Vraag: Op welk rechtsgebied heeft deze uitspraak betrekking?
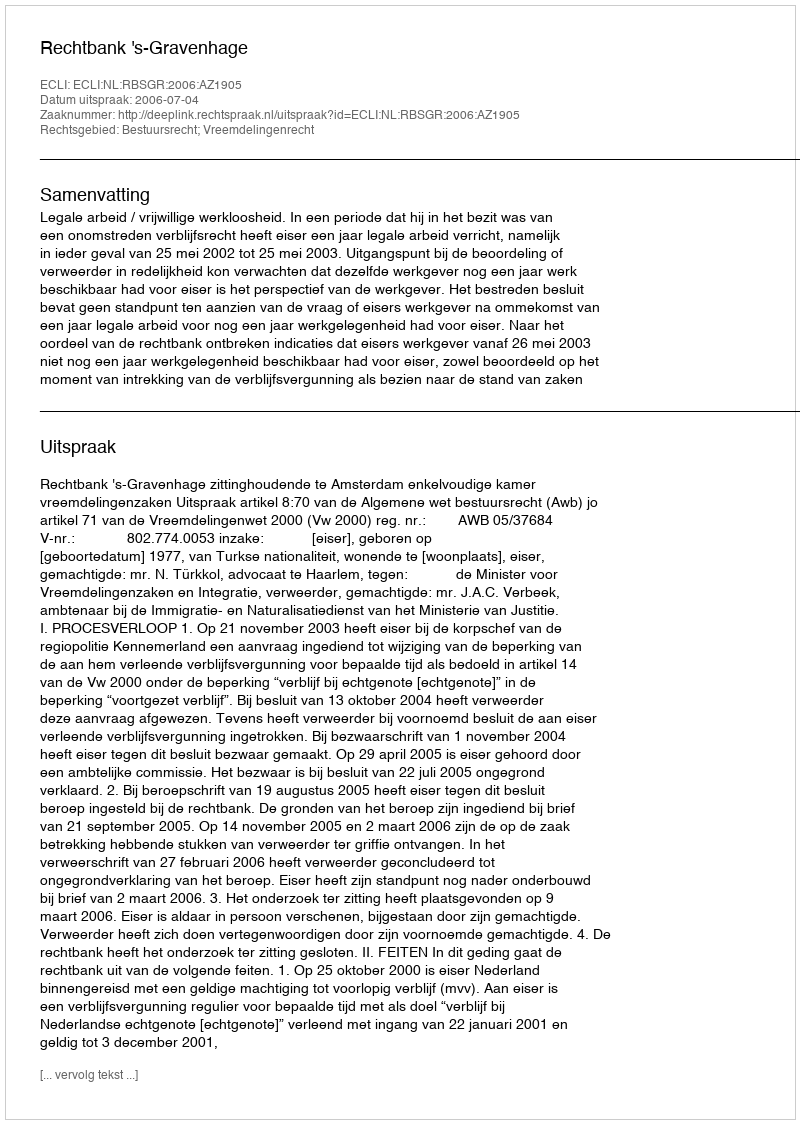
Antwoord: Bestuursrecht; Vreemdelingenrecht